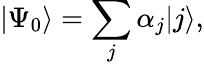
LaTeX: |\Psi_{0}\rangle=\sum_{j}\alpha_{j}|j\rangle,